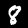
Label: 8